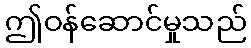
ဤဝန်ဆောင်မှုသည်